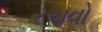
રચવો